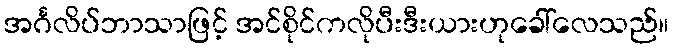
အင်္ဂလိပ်ဘာသာဖြင့် အင်စိုင်ကလိုပီးဒီးယားဟုခေါ်လေသည်။